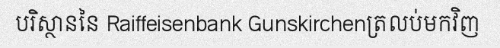
បរិស្ថាននៃ Raiffeisenbank Gunskirchenត្រលប់មកវិញ